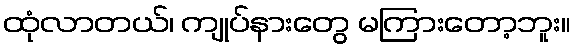
ထုံလာတယ်၊ ကျုပ်နားတွေ မကြားတော့ဘူး။